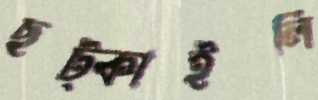
ছট্‌কাইলি